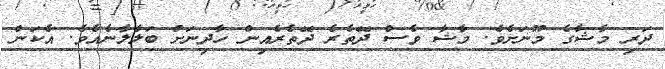
ދަރި މާޝާގެ މޫނަށެވެ. މާޝާ ވެސް ދޭތެރެ ދޭތެރެއިން ހާދިނަށް ބަލާލާނެއެވެ. އެކަން